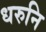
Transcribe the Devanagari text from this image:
धरुनि